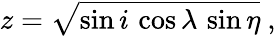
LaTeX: z=\sqrt{\sin i\, \cos\lambda\, \sin\eta}\ ,